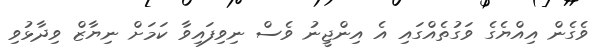
ވެގެން އިއްޔެގެ ވަގުތެއްގައި އެ އިންޖީނު ވެސް ނިވިފައިވާ ކަމަށް ނިޔާޒް ވިދާޅުވި